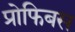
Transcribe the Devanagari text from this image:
प्रोफिबस